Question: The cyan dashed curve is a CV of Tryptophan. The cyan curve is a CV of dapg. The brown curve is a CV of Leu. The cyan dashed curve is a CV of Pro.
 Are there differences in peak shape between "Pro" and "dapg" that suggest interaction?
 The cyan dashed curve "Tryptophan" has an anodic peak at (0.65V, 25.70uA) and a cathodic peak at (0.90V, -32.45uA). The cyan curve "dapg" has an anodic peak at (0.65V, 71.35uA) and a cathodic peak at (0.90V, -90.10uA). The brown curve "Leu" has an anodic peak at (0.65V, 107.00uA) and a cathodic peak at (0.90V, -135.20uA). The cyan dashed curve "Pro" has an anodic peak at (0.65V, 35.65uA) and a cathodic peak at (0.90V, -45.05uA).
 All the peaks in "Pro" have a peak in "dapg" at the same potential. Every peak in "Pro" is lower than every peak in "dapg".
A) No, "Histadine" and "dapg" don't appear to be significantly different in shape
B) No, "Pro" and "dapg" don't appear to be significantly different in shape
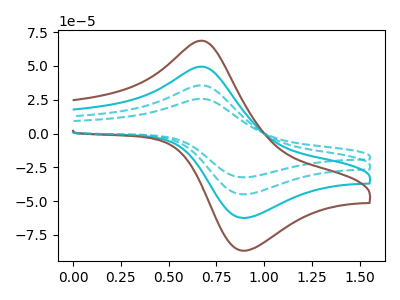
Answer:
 <answer>B) No, "Pro" and "dapg" don't appear to be significantly different in shape</answer>
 <eval>B</eval>